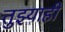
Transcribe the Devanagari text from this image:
तुझ्याही